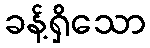
ခန့်ရှိသော